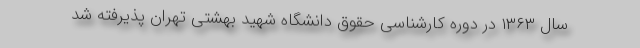
سال ۱۳۶۳ در دوره کارشناسی حقوق دانشگاه شهید بهشتی تهران پذیرفته شد